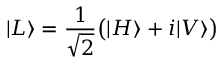
| L \rangle = { \frac { 1 } { \sqrt { 2 } } } { \big ( } | H \rangle + i | V \rangle { \big ) }